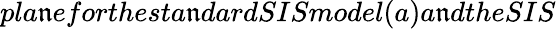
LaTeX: pla\mathfrak{n}eforthesta\mathfrak{n}dardSISmodel(a)a\mathfrak{n}dtheSIS